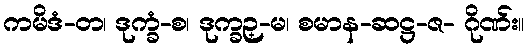
ကမိဒံ-တ၊ ဒုက္ခံ-စ၊ ဒုက္ခဉ္-မ၊ စမာန-ဆဋ္ဌ-ဇ- ဂိုဏ်း။